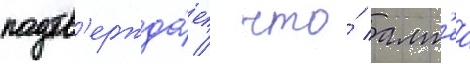
подтв'ержда́ет / что́ алт'еа